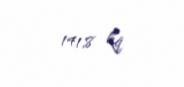
141,8 kq